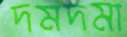
দমদমা